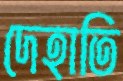
দেহাতি